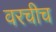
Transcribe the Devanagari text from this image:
वरचीच